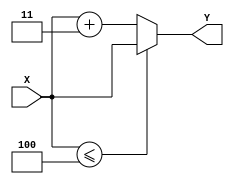
`timescale 1ns / 1ps
//////////////////////////////////////////////////////////////////////////////////
//
//   - 
//
//////////////////////////////////////////////////////////////////////////////////

module EP(
    input  [3:0] X,
    output [3:0] Y
);

assign Y = (X<=4)? X : X + 4'd3;

endmodule